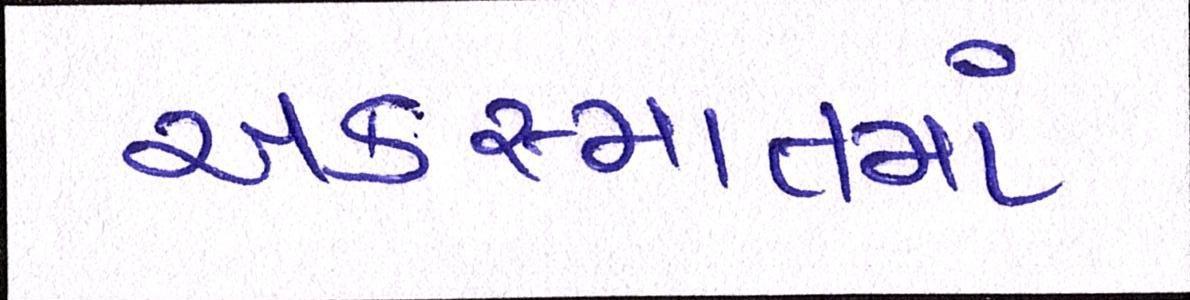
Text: અકસ્માતમાં